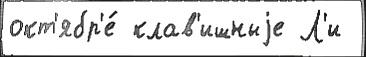
окт'ябр'е́ клав'ишныjе Л'и